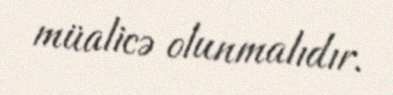
müalicə olunmalıdır.